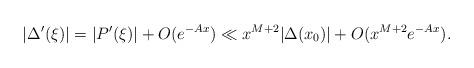
LaTeX: \begin{align*}|\Delta'(\xi)| = |P'(\xi)|+O(e^{-Ax})\ll x^{M+2}|\Delta(x_0)|+O(x^{M+2}e^{-Ax}).\end{align*}